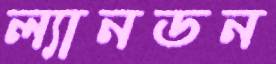
ল্যানডন